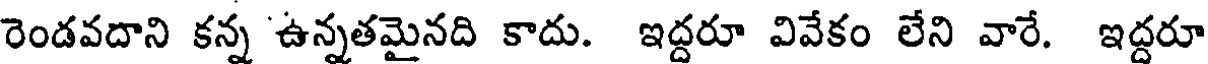
రెండవదాని కన్న ఉన్నతమైనది కాదు. ఇద్దరూ వివేకం లేని వారే. ఇద్దరూ